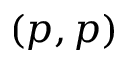
( p , p )